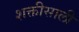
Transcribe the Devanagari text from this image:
शक्तीसाली